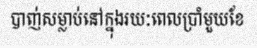
បាញ់សម្លាប់នៅក្នុងរយៈពេលប្រាំមួយខែ